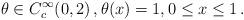
LaTeX: \begin{align*}\theta\in C_c^\infty(0,2)\,,\theta(x)=1, 0\leq x\leq1\,.\end{align*}